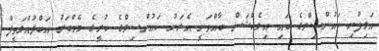
އަލިފުށި ކައުންސިލްގެ ބައި އިލެކްޝަން ބާއްވަނީ އެރަށު ކައުންސިލްގެ ކުރީގެ މެމްބަރު އަބްދުއްލަތީފް